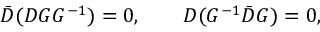
\bar { D } ( D G G ^ { - 1 } ) = 0 , \qquad D ( G ^ { - 1 } \bar { D } G ) = 0 ,